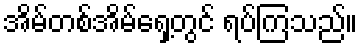
အိမ်တစ်အိမ်ရှေ့တွင် ရပ်ကြသည်။